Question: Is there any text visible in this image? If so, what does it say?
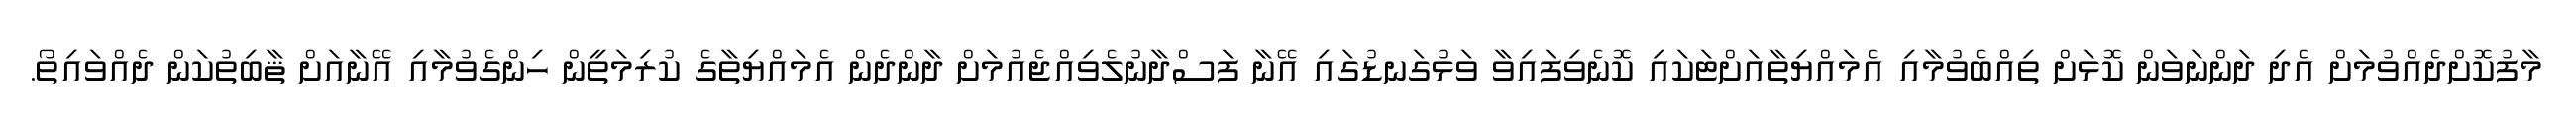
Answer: މާފުކޮށްދެއްވުމަށް އެދި ދަންނަވަން ކޮޅަށް ތިއްބެވުމާއި އެމައްޔިތާއަށްޓަކައި ކޮނެވިފައިވާ ވަޅުގަނޑުގައި އޭނާ ފަސްދާނުލެވިއްޖެއުމަށް ދާންދެން އެމައްޔިތާގެ ކުރިމަތީން ހިންގެވުމާއި އޭނާއަށް ޘާބިތުކަން ދެއްވައިތޯ.